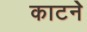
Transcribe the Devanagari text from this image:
काटनेे